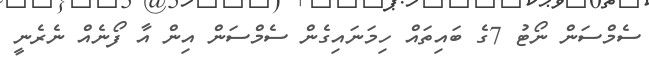
ސެމްސަން ނޯޓު 7ގެ ބައިތައް ހިމަނައިގެން ސެމްސަން އިން އާ ފޯނެއް ނެރެނީ